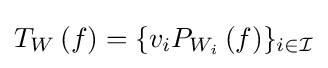
T_{W}\left(f\right)=\{v_{i}P_{W_{i}}\left(f\right)\}_{i\in {\mathcal {I}}}